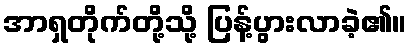
အာရှတိုက်တို့သို့ ပြန့်ပွားလာခဲ့၏။